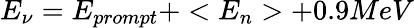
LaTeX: E_{\nu}=E_{prompt}+<E_{n}>+0.9MeV